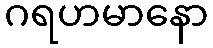
ဂရဟမာနော